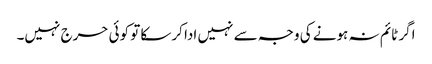
اگر ٹائم نہ ہونے کی وجہ سے نہیں ادا کرسکا تو کوئی حرج نہیں۔